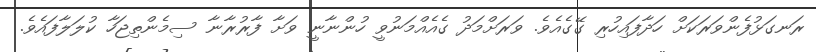
ރަނގަޅުފެންވަރަކަށް ހަދާފައިހުރި ގޭގެއެވެ. ވަރަށްމަދު ގެއެއްމަނުވީ ހުންނާނީ ވަށާ ފާރުރާނާ ސިމެންތިޖަހާ ކުލަލާފައެވެ.